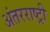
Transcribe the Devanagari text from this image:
अंतरराष्ट्री